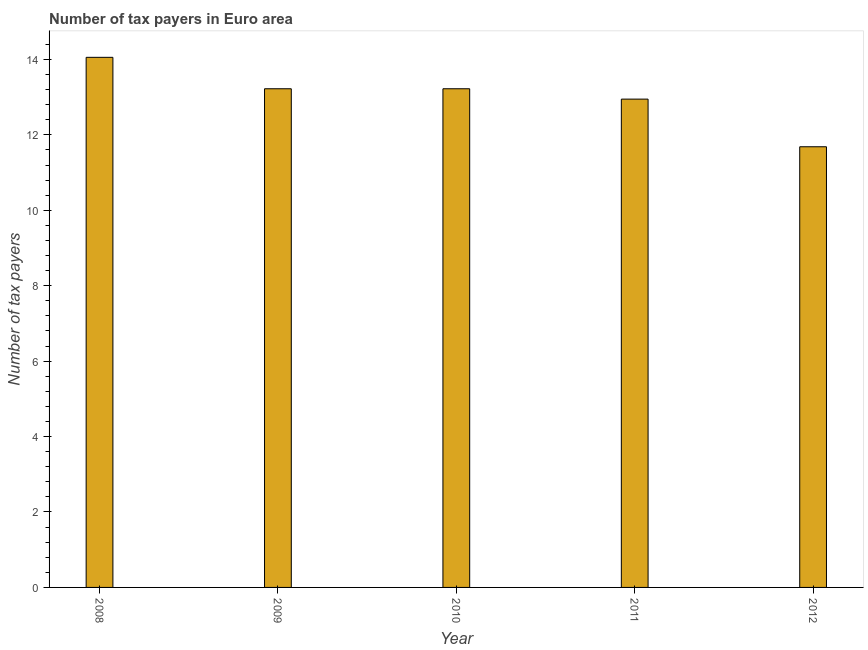
| Year | Tax payments |
 | --- | --- |
 | 2008 | 14.1 |
 | 2009 | 13.2 |
 | 2010 | 13.2 |
 | 2011 | 12.9 |
 | 2012 | 11.7 |